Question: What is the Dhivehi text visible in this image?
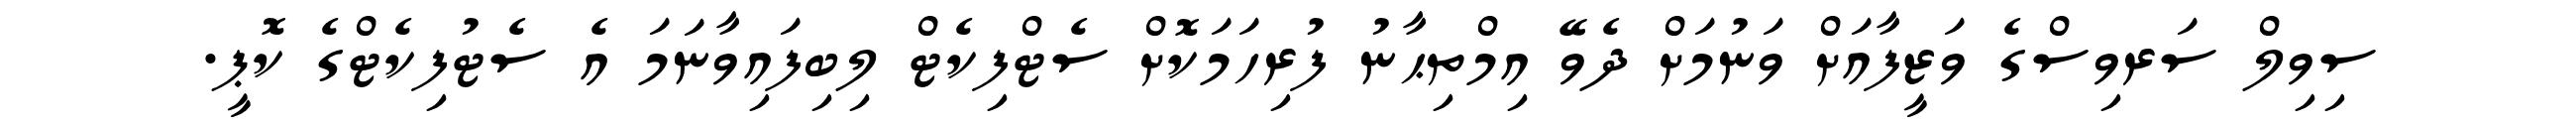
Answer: ސިވިލް ސަރވިސްގެ ވަޒީފާއަށް ވަނުމަށް ދެވޭ އިމްތިޙާނު ފުރިހަމަކޮށް ސެޓްފިކެޓް ލިބިފައިވާނަމަ އެ ސެޓުފިކެޓްގެ ކޮޕީ.